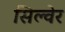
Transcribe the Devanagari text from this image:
सिल्वेर